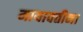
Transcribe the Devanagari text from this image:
मायावतीना